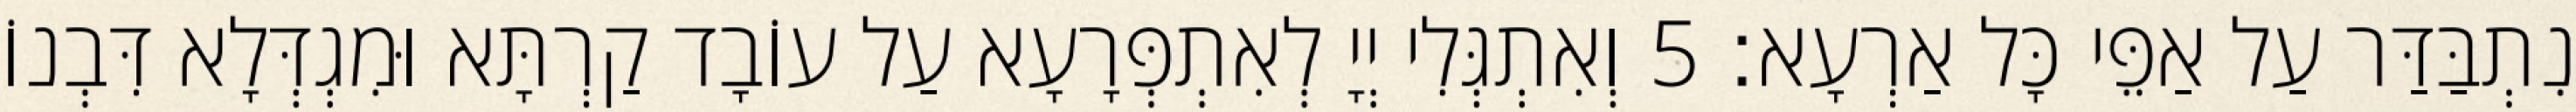
נִתְבַּדַּר עַל אַפֵּי כָּל אַרְעָא׃ 5 וְאִתְגְּלִי יְיָ לְאִתְפְּרָעָא עַל עוֹבָד קַרְתָּא וּמִגְדְּלָא דִּבְנוֹ